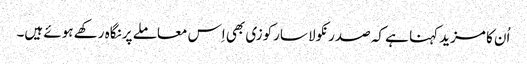
اُن کا مزید کہنا ہے کہ صدر نکولا سارکوزی بھی اِس معاملے پر نگاہ رکھے ہوئے ہیں۔